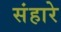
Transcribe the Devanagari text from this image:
संहारे